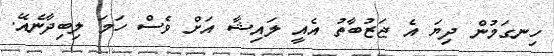
ހިނގަމުން ދިޔަ އެ ޖަޒުބާތު އެއީ ލައިޝާ އަށް ވެސް ހަމަ ލިބިދާނެއޭ.